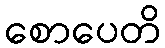
စောပေတိ